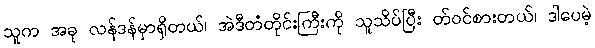
သူက အခု လန်ဒန်မှာရှိတယ်၊ အဲဒီတံတိုင်းကြီးကို သူသိပ်ပြီး တ်ဝင်စားတယ်၊ ဒါပေမဲ့